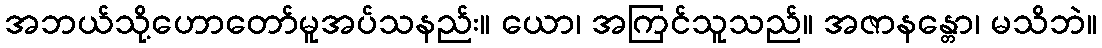
အဘယ်သို့ဟောတော်မူအပ်သနည်း။ ယော၊ အကြင်သူသည်။ အဇာနန္တော၊ မသိဘဲ။